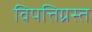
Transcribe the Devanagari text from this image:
विपत्तिग्रस्त